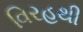
વિરહથી